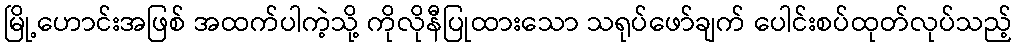
မြို့ဟောင်းအဖြစ် အထက်ပါကဲ့သို့ ကိုလိုနီပြုထားသော သရုပ်ဖော်ချက် ပေါင်းစပ်ထုတ်လုပ်သည့်